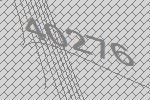
40276